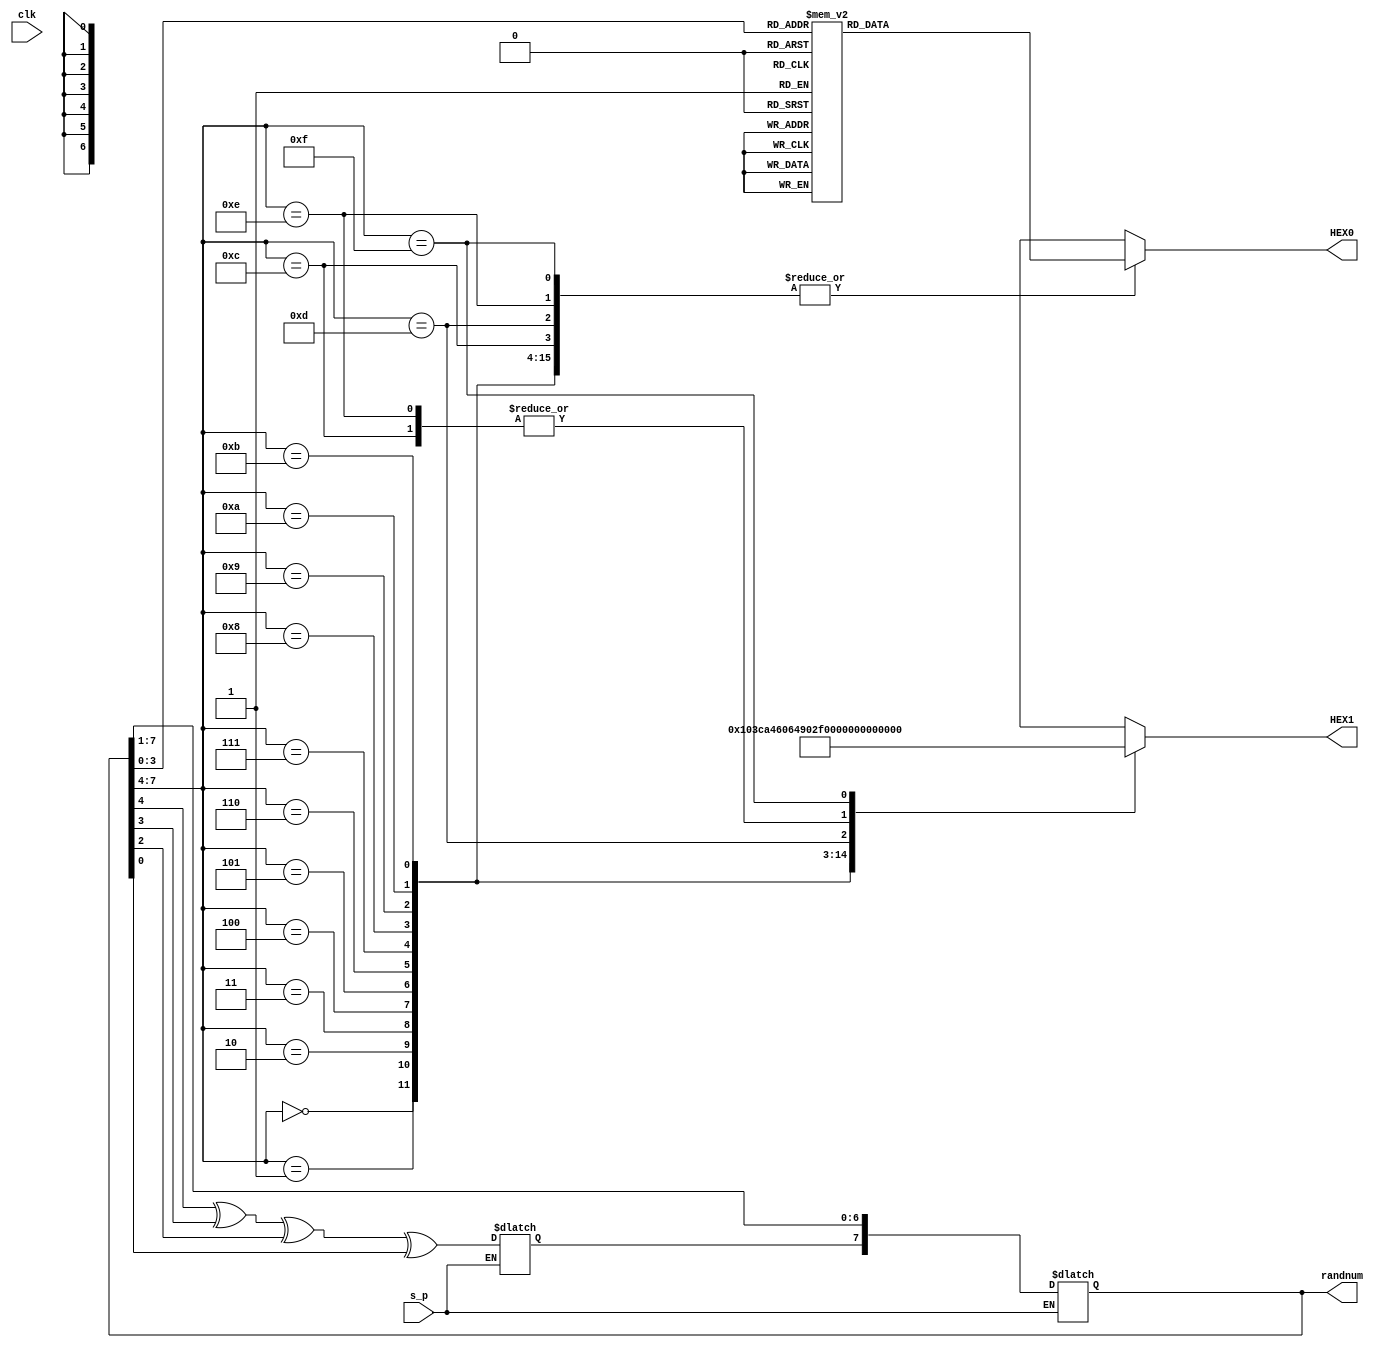
module RandomNum(
	input s_p,
	input clk,
	output reg [7:0] randnum,
	output reg [6:0] HEX0,
	output reg [6:0] HEX1
);
//inner signal
reg tmp;
//init
initial
begin
randnum = 0;
tmp = 0;
end

//always module
always @ (clk)
begin
	if(s_p)//生成随机数中
	begin
		if(randnum == 0)
		begin
			randnum <= 10;
		end
		tmp <= randnum[4] ^ randnum[3] ^ randnum[2] ^ randnum[0];
		randnum <= {tmp, randnum[7:1]};//待优化的式子
	end
	else
	begin
		randnum <= randnum;
		tmp <= tmp;
	end
end

//display
always @ (clk)
begin
	case(randnum[3:0])
	0: HEX0 = 7'b1000000;
	1:	HEX0 = 7'b1111001;
	2: HEX0 = 7'b0100100;
	3: HEX0 = 7'b0110000;
	4: HEX0 = 7'b0011001;
	5: HEX0 = 7'b0010010;
	6: HEX0 = 7'b0000010;
	7: HEX0 = 7'b1111000;
	8: HEX0 = 7'b0000000;
	9: HEX0 = 7'b0010000;
	10: HEX0 = 7'b0001000;
	11: HEX0 = 7'b0000011;
	12: HEX0 = 7'b10000110;
	13: HEX0 = 7'b0100001;
	14: HEX0 = 7'b0000110;
	15: HEX0 = 7'b0001110;
	default: HEX0 = 7'b1111111;
	endcase
	
	case(randnum[7:4])
	0: HEX1 = 7'b1000000;
	1:	HEX1 = 7'b1111001;
	2: HEX1 = 7'b0100100;
	3: HEX1 = 7'b0110000;
	4: HEX1 = 7'b0011001;
	5: HEX1 = 7'b0010010;
	6: HEX1 = 7'b0000010;
	7: HEX1 = 7'b1111000;
	8: HEX1 = 7'b0000000;
	9: HEX1 = 7'b0010000;
	10: HEX1 = 7'b0001000;
	11: HEX1 = 7'b0000011;
	12: HEX1 = 7'b10000110;
	13: HEX1 = 7'b0100001;
	14: HEX1 = 7'b0000110;
	15: HEX1 = 7'b0001110;
	default: HEX0 = 7'b1111111;
	endcase
end


endmodule